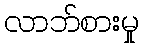
လာဘ်စားမှု